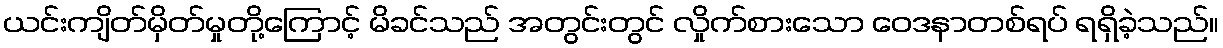
ယင်းကျိတ်မှိတ်မှုတို့ကြောင့် မိခင်သည် အတွင်းတွင် လှိုက်စားသော ဝေဒနာတစ်ရပ် ရရှိခဲ့သည်။